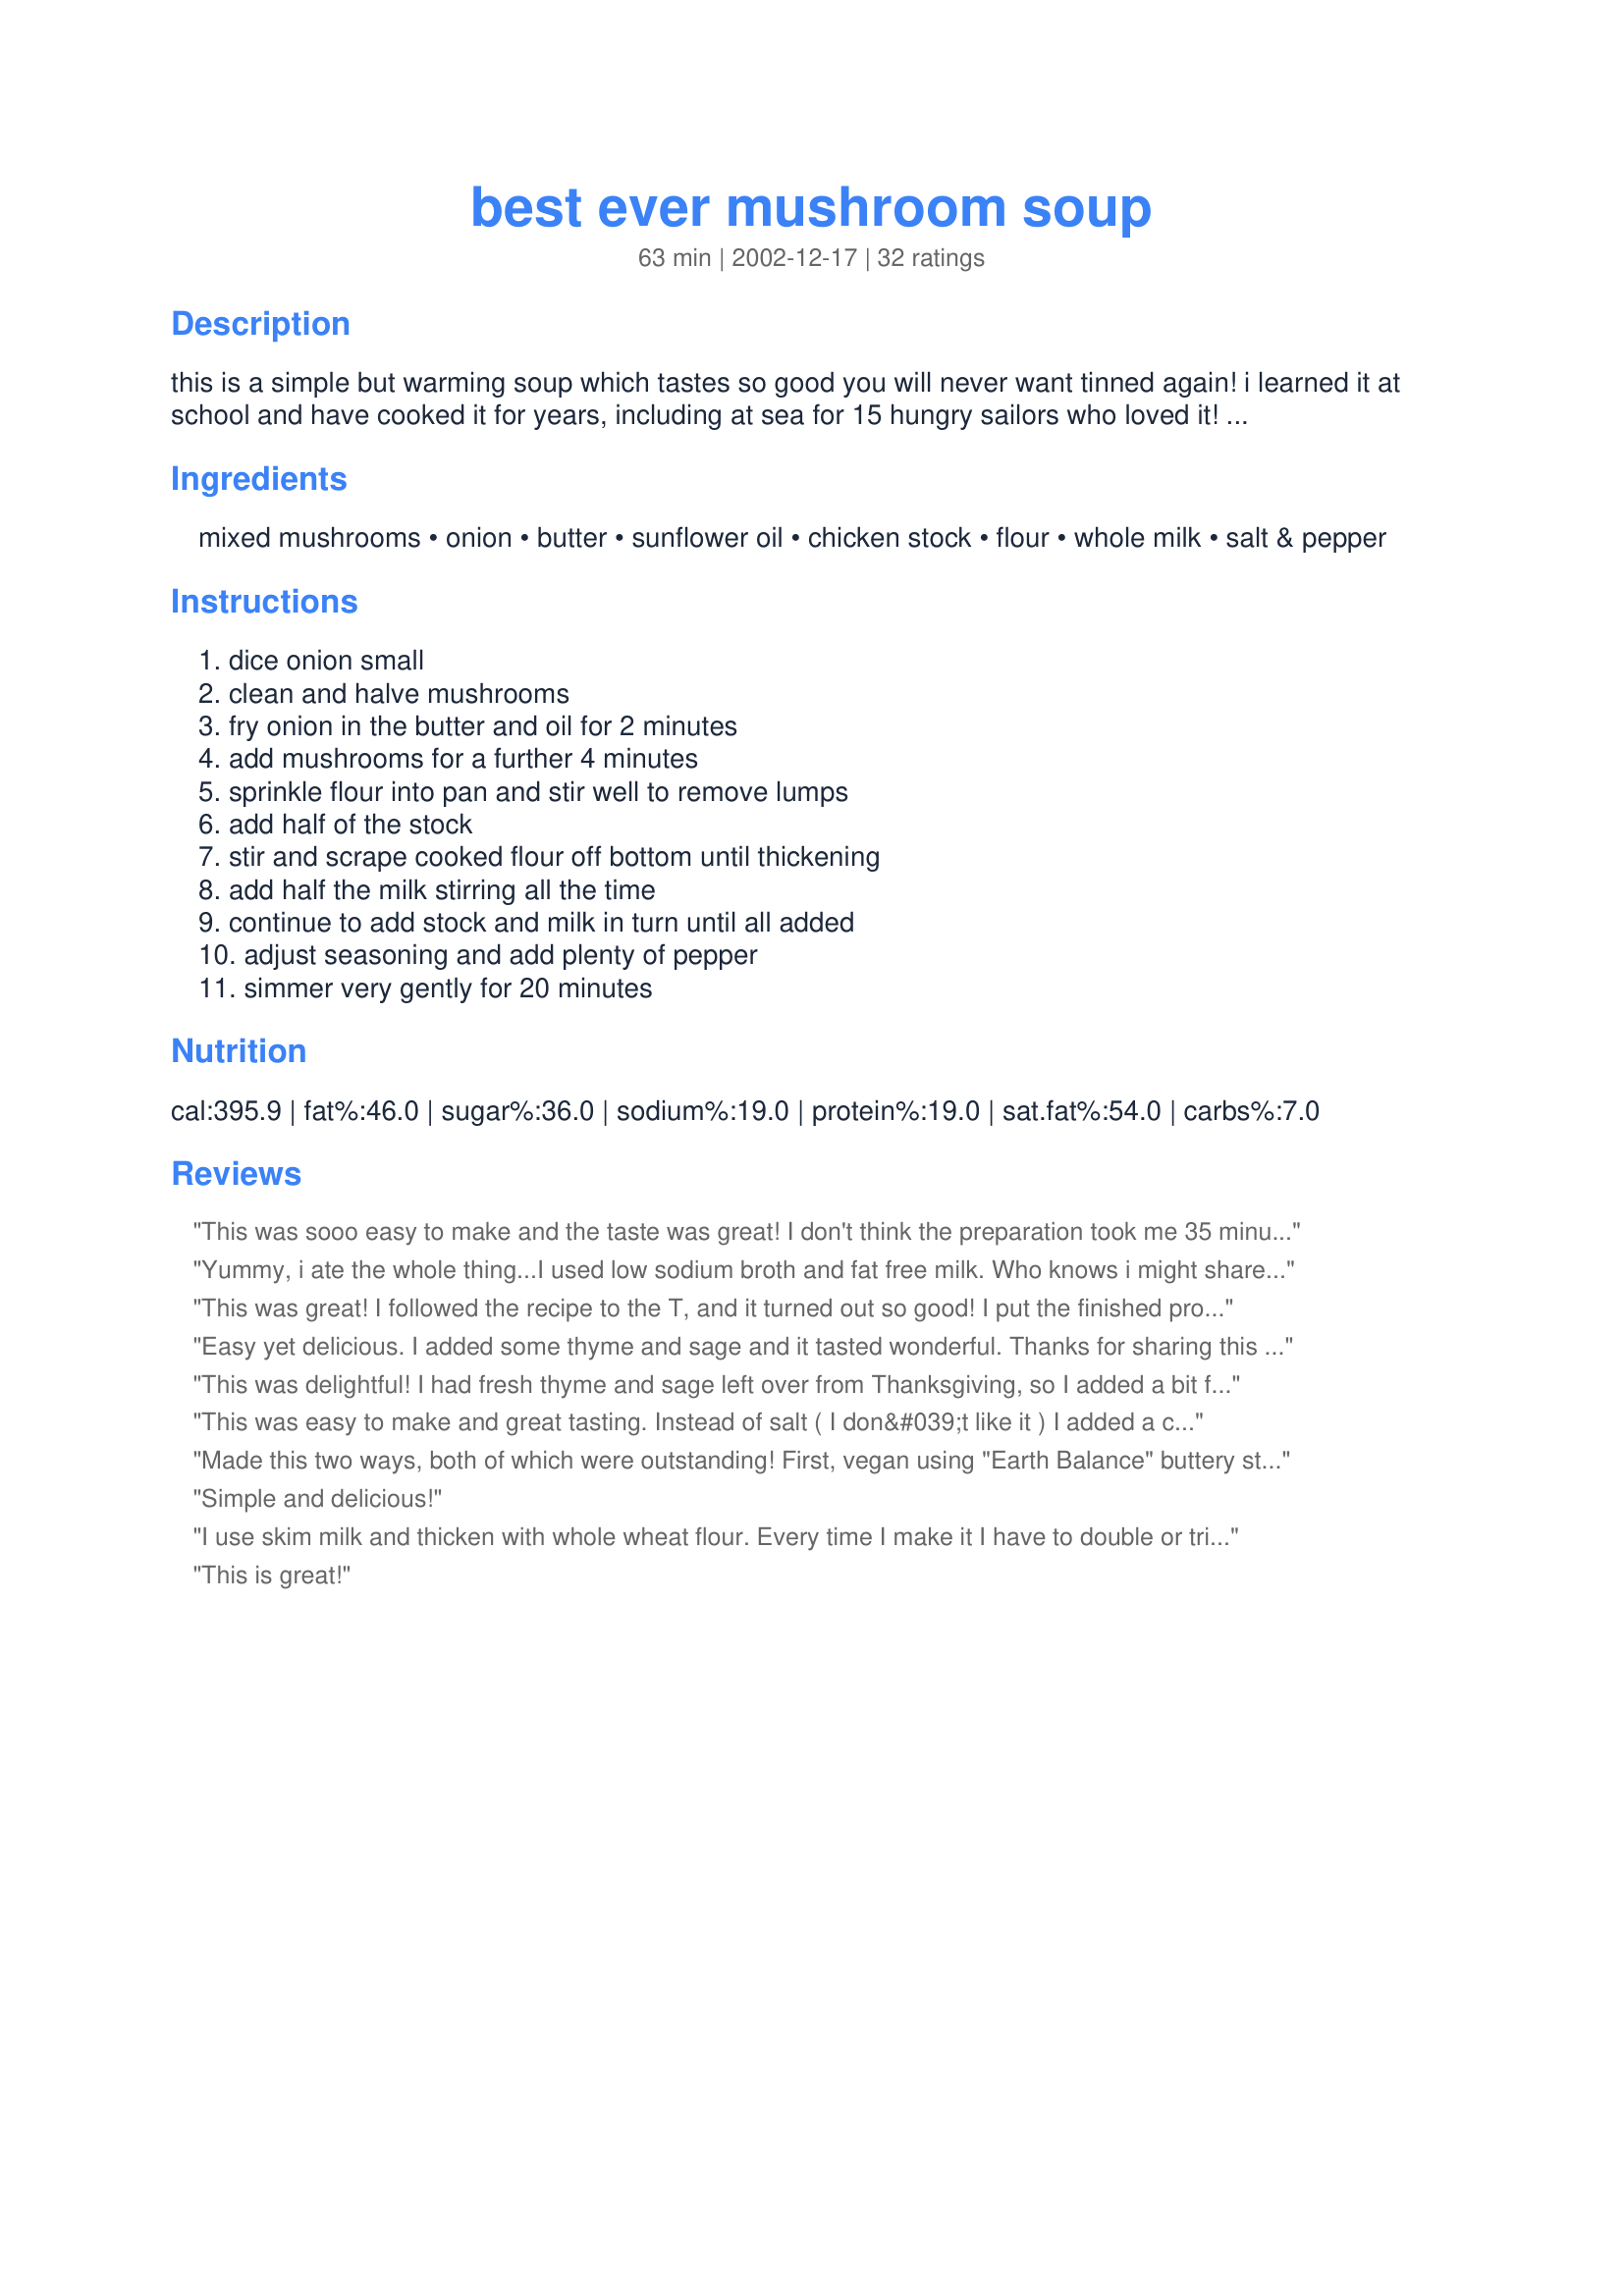
best ever mushroom soup
Preparation time: 63 minutes

this is a simple but warming soup which tastes so good you will never want tinned again! i learned it at school and have cooked it for years, including at sea for 15 hungry sailors who loved it!

this soup is hard to get wrong. don't skimp on the flour and add a little extra milk if it's too thick. make sure the flour is all incorporated before adding liquid.
use closed cup, button, chestnut, oyster or mixed mushrooms. using dark gilled or flat mushrooms will make a darker soup.

Ingredients:
mixed mushrooms, onion, butter, sunflower oil, chicken stock, flour, whole milk, salt & pepper

Steps:
dice onion small, clean and halve mushrooms, fry onion in the butter and oil for 2 minutes, add mushrooms for a further 4 minutes, sprinkle flour into pan and stir well to remove lumps, add half of the stock, stir and scrape cooked flour off bottom until thickening, add half the milk stirring all the time, continue to add stock and milk in turn until all added, adjust seasoning and add plenty of pepper, simmer very gently for 20 minutes

Reviews:
This was sooo easy to make and the taste was great! I don't think the preparation took me 35 minutes, I'm pretty sure I was done in half an hour, including the simmering part. So if you don't have much time, there's no need to skip the recipe on that account!
I used vegetable stock from a bouillon cube and it tasted fine.
Yummy, i ate the whole thing...I used low sodium broth and fat free milk. Who knows i might share the next batch.
This was great! I followed the recipe to the T, and it turned out so good! I put the finished product in the blender and used it as a sauce/gravy for a roast, and it’s so good!
Easy yet delicious. I added some thyme and sage and it tasted wonderful. Thanks for sharing this great recipe.
This was delightful! I had fresh thyme and sage left over from Thanksgiving, so I added a bit for a new flavor. Next time I might try the dry sherry another contributor suggested. Also note that this is a recipe for 2 people, so definitely double or triple it. It&#039;s that yummy and easy!
This was easy to make and great tasting. Instead of salt ( I don&#039;t like it ) I added a clove of garlic and half a fresh red chilli for flavour.
Made this two ways, both of which were outstanding! First, vegan using "Earth Balance" buttery sticks, vegetable broth, and "Silk" soymilk. Also made it as stated, and this produced a delightful warm soup for both my husband, and son. Thanks!
Simple and delicious!
I use skim milk and thicken with whole wheat flour. Every time I make it I have to double or triple the recipe.
This is great!
This is really good; I followed the recipe exactly. I like that the recipe is proportioned for 2 servings! Thanks for sharing this.
Delicious thank you for posting, I also addedd some dried mixed gourmet mushrooms, soaked them whilst i chopping the other mushrooms, they blended into the taste well.
Very nice. I liked the texture. Great one for any mushroom lover!
This was the best mushroom soup that I've ever made/had. I was tempted to add some herbs but decided to stick to the original recipe. I am glad I did. Thank you.
delicious. easy. awesome.
Just as great as everyone stated. I, also, added some thyme and next time I may try a tablespoon of dry sherry.
So simple, so good. I also ate the whole thing in one meal. I tossed in a dash of cooking sherry and omg, it's restaurant quality food! :)
This was delicious but I kept thinking that I must be doing something wrong because it was so easy!
Yum! Thank you for posting, Andrea. This is a delicious and filling soup. Served it up with garlic bruschetta tonight and dinner was done!
This soup is great! My husband and I really enjoyed it. Kids not so much, so I won't make it for them, just for us. My elderly neighbors loved it too when I took some to them. They eat soup every day for lunch and they just had to have the recipe. The flavors mix so well together. It is a great light soup for lunch with a sandwich.
A great soup, for its simplicity and wonderful taste. Going to be my default mushroom soup from now on... Thanks AndreaB!
Very easy to make, and delicious
The Best Ever Mushroom Soup is really the Best Ever that I have tasted! This is the first time I have attempted to make mushroom soup. I had a box of nearly- past- their- prime regular white mushroom slices, so thought I needed to do something with them, so why not try this soup? I cooked it on &quot;saute&quot; in my Instant Pot , but any pot will do. Sauteing the mushrooms in butter and oil--I used olive oil-- and the half and half really added a rich flavor to this soup. Whole milk should be great too. The 20 minutes of simmer time is perfect to further thicken up the soup. A great soup that will be one of my favorites. Thanks for posting.
Very easy and very good. I didn't use any of the oil. I sauteed veggies with a little Pam as I am on a diet. Will definitely make again.
Loved this soup. Easy and quick to make, delicious flavor and will definitely be made again. I used Hen-of-the Woods wild mushrooms that I just found this Fall. Added a little extra butter before serving. Perfect.
Unable to buy my favourite tinned soup abroad, I found this the perfect replacement.... even better! I used skim milk instead but it still tasted great! Thanks for sharing!!
Looks and smells great though I think I may have put a dab to much pepper as it didn't say how much exactly. Can wait to try...still simmering.
Absolutely amazing creamy mushroom soup that is easy and simple to prepare. I like to use wild mushrooms if I can get them, but portobello and crimini mushrooms work well and white button mushrooms will do in a pinch. Make a big pot and freeze small portions for work and/or school lunches (as long as there is a microwave available). Fantastic with fresh french bread. I especially like that this recipe uses flour that soaks up the flavors of the cooked onions and mushrooms rather than cornstarch that is added at the end to thicken. Just make sure to keep an eye on the pot and stir often because this soup is thick from start to finish and could scald if left unattended for too long.
Really liked this easy yet flavourful recipe. Definitely as good as anything you can buy in a tin and, frankly, almost as easy. We used a stick blender to give it a smoother texture.
&quot;Don't skimp on the flour...&quot; Seriously had to use at least 3 times the amount of flour unless wanted to drink liquidly soup. Other than that, great recipe.
Never made mushroom soup before, but this was beautiful. Nice and creamy and flavourful, will make again as was so quick and easy to make. I didn't use the oil, just spray.
I was at the local farmers market last weekend and picked up some wonderful mushroomsâ€¦so this is the recipe I used to make my soup. I enjoyed it very much. I only gave it 4 out of 5 stars because I have nothing to compare it to, yet. This was the first time I had ever made mushroom soup from scratch. I couldnâ€™t believe how great it tasted and that I had never made it from scratch before. No more canned mushroom soup for me.
